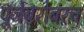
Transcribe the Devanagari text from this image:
पूजेबरोबरच